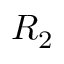
R _ { 2 }